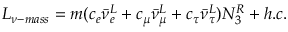
L _ { \nu - m a s s } = m ( c _ { e } \bar { \nu } _ { e } ^ { L } + c _ { \mu } \bar { \nu } _ { \mu } ^ { L } + c _ { \tau } \bar { \nu } _ { \tau } ^ { L } ) N _ { 3 } ^ { R } + h . c .